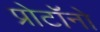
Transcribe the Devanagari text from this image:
प्रोटॉनो